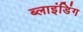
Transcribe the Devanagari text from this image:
ब्‍लाइंडिंग